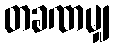
တခဏမျှ